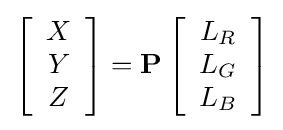
\left[{\begin{array}{c}X\\Y\\Z\end{array}}\right]=\mathbf {P} \left[{\begin{array}{c}L_{R}\\L_{G}\\L_{B}\end{array}}\right]